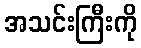
အသင်းကြီးကို